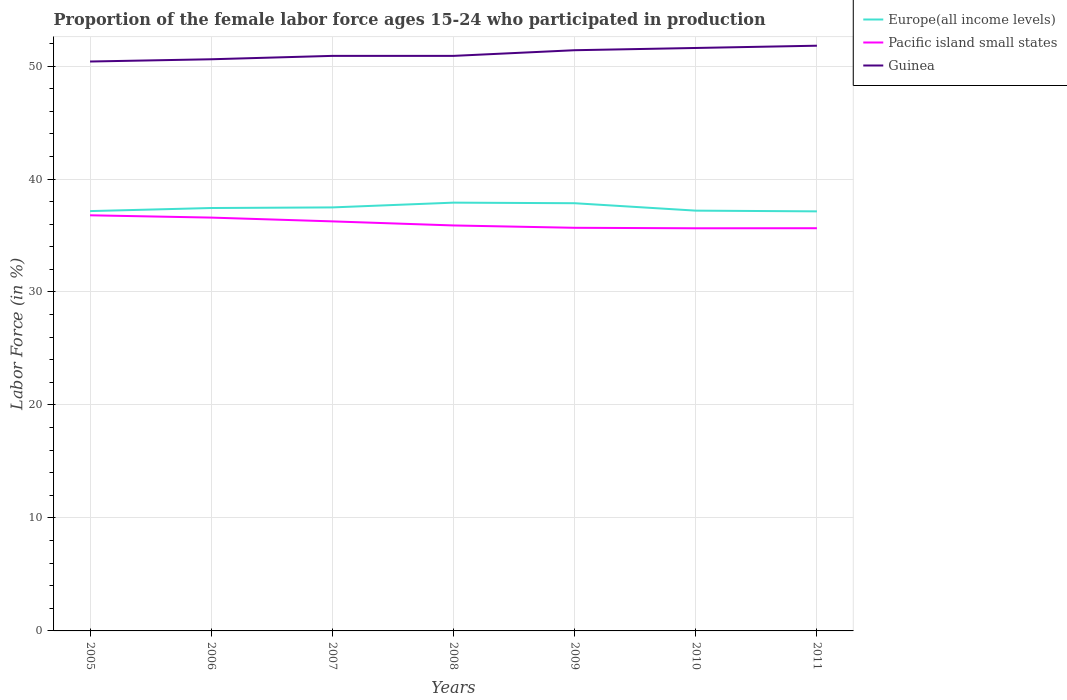
| Years | Europe(all income levels) | Pacific island small states | Guinea |
 | --- | --- | --- | --- |
 | 2005 | 37.2 | 36.8 | 50.4 |
 | 2006 | 37.4 | 36.6 | 50.6 |
 | 2007 | 37.5 | 36.3 | 50.9 |
 | 2008 | 37.9 | 35.9 | 50.9 |
 | 2009 | 37.9 | 35.7 | 51.4 |
 | 2010 | 37.2 | 35.6 | 51.6 |
 | 2011 | 37.1 | 35.6 | 51.8 |